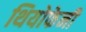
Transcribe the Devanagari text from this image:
थियोफेनी